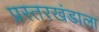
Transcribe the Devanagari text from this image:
प्रस्तरखंडाला